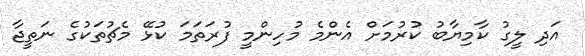
އަދި ލީގު ކާމިޔާބު ކުރުމަށް އެންމެ މުހިންމީ ފުރަތަމަ ކުޅޭ މެޗުތަކުގެ ނަތީޖާ